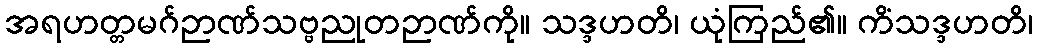
အရဟတ္တမဂ်ဉာဏ်သဗ္ဗညုတဉာဏ်ကို။ သဒ္ဒဟတိ၊ ယုံကြည်၏။ ကိံသဒ္ဒဟတိ၊